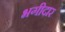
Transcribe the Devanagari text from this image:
भगीदार